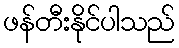
ဖန်တီးနိုင်ပါသည်